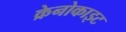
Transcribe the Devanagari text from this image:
क्रेनोकाइट